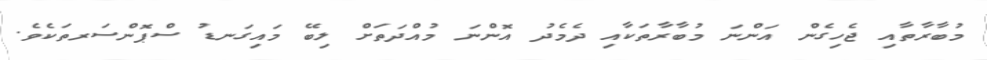
މުބާރާތާއި ޖެހިގެން އަންނަ މުބާރާތަކާއި ދެމެދު އޮންނަ މުއްދަަތަށް ލިބޭ މައިގަނޑު ސްޕޮންސަރތަކެވެ.